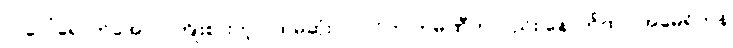
လပေါ်ရောက်အောင် ကြိုးစားတဲ့ ပထမဆုံး ပုဂ္ဂလိက ကုမ္ပဏီကလည်း နောက်ထပ် အမေရိကန်